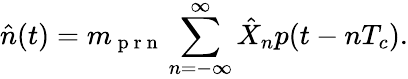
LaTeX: \hat{n}(t)=m_{\mathrm{~p~r~n~}}\sum_{n=-\infty}^{\infty}\hat{X}_{n}p(t-nT_{c}).